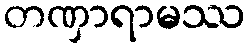
တဏှာရာမဿ